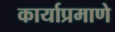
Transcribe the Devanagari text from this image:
कार्याप्रमाणे